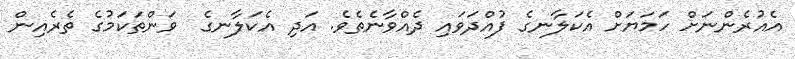
އެއުރެންނަށް ހަމަޔަށް އެކަލާނގެ ފުއްދަވައި ދެއްވާނެތެވެ. އަދި އެކަލާނގެ  ވަންތަކަމުގެ ތެރެއިން